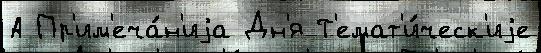
А Пр'им'еча́н'иjа Дн'я Т'емат'и́ческ'иjе